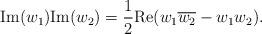
LaTeX: \begin{align*}\textup{Im}(w_1)\textup{Im}(w_2)= \frac{1}{2}\textup{Re}(w_1\overline{w_2}-w_1w_2).\end{align*}